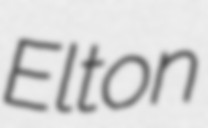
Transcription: Elton